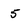
Character: 5